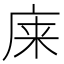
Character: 𫷬